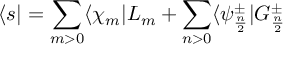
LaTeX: \langle s | = \sum _ { m > 0 } \langle \chi _ { m } | L _ { m } + \sum _ { n > 0 } \langle \psi _ { \frac { n } { 2 } } ^ { \pm } | G _ { \frac { n } { 2 } } ^ { \pm }